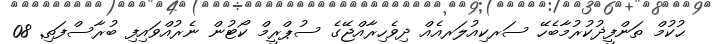
ޙުކުމް ތަންފީޛުކުރުމާބެހޭ ސަރކިއުލަރއެއް ދިވެހިރާއްޖޭގެ ސުޕްރީމް ކޯޓުން ނެރުއްވައިފި ބުރާސްފަތި